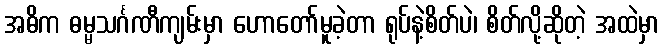
အဓိက ဓမ္မသင်္ဂဏီကျမ်းမှာ ဟောတော်မူခဲ့တာ ရုပ်နဲ့စိတ်ပဲ၊ စိတ်လို့ဆိုတဲ့ အထဲမှာ